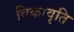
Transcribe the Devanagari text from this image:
विकावृति